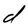
Character: d